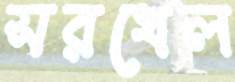
সরখেল